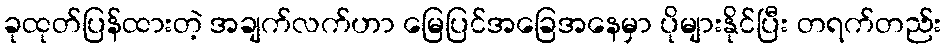
ခုထုတ်ပြန်ထားတဲ့ အချက်လက်ဟာ မြေပြင်အခြေအနေမှာ ပိုများနိုင်ပြီး တရက်တည်း